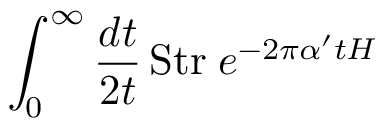
\int _ { 0 } ^ { \infty } \frac { d t } { 2 t } \, \mathrm { S t r } \; e ^ { - 2 \pi \alpha ^ { \prime } t H }